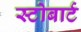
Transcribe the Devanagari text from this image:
स्टोबार्ट